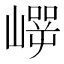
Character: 𰎵